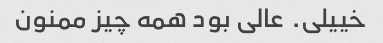
خییلی. عالی بود همه چیز ممنون